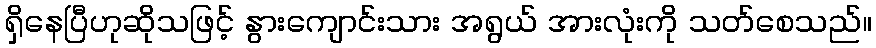
ရှိနေပြီဟုဆိုသဖြင့် နွားကျောင်းသား အရွယ် အားလုံးကို သတ်စေသည်။